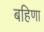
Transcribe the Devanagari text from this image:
बहिणा